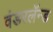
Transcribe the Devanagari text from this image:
वंडरलॅन्ड